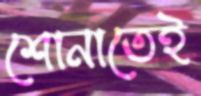
শোনাতেই